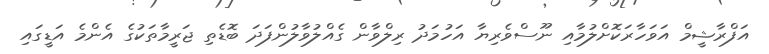
އަފްރާޝީމް އަވަހާރަކޮށްލުމާއި ނޫސްވެރިޔާ އަހުމަދު ރިލްވާން ގެއްލުވާލުންފަދަ ބޮޑެތި ޖަރީމާތަކުގެ އެންމެ އަޑީގައި